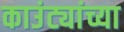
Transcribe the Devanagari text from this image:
काउंट्यांच्या